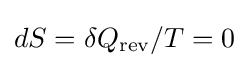
dS=\delta Q_{\text{rev}}/T=0